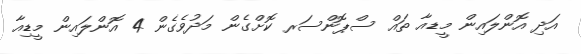
އަދި އޮންލައިން މީޑއާ ތައް ސްޕޮންސަރ ކޮށްގެން މަދުވެގެން 4 އޮންލައިން މީޑިއާ